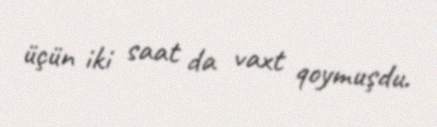
üçün iki saat da vaxt qoymuşdu.